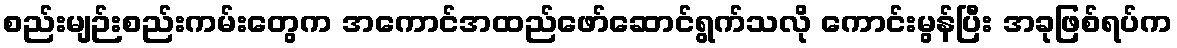
စည်းမျဉ်းစည်းကမ်းတွေက အကောင်အထည်ဖော်ဆောင်ရွက်သလို ကောင်းမွန်ပြီး အခုဖြစ်ရပ်က